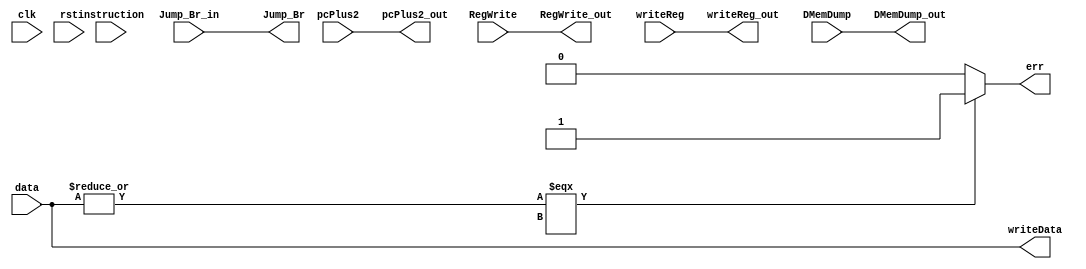
/* $Author: Matt Bachmeier, Garret Huibregtse, Amanda Becker # */
/* $LastChangedDate: 2019-03-01 18:01 (Fri, 15 March 2019) $ */
/* $Rev: 01 $ */
module stage5 (/*OUTPUTS*/
   // What goes to stage 1 or 2?
   err,
   writeData,
   Jump_Br,
   RegWrite_out,
   writeReg_out,
   pcPlus2_out,
   DMemDump_out,
   // Inputs
   clk,
   rst,
   data,
   Jump_Br_in,
   RegWrite,
   writeReg,
   pcPlus2,
   DMemDump,
   instruction
   
   //control signals?
   );

   input clk, rst, Jump_Br_in, RegWrite, DMemDump;
   input [15:0] pcPlus2, data, instruction;
   input [2:0] writeReg;

   output err, RegWrite_out, Jump_Br, DMemDump_out;
   output [15:0] writeData, pcPlus2_out;
   output [2:0] writeReg_out;

   // FORWARD SIGNALS TO NEXT STAGE
   assign Jump_Br = Jump_Br_in;
   assign pcPlus2_out = pcPlus2;
   assign RegWrite_out = RegWrite;
   assign writeReg_out = writeReg;
   assign DMemDump_out = DMemDump;
   
   // READ FROM MEM OR USE ALU RESULT
   assign writeData = data;
   assign err = (|writeData === 1'bx) ? 1'b1 : 1'b0;

endmodule